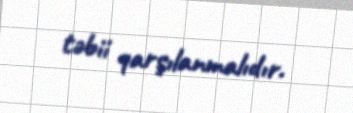
təbii qarşılanmalıdır.